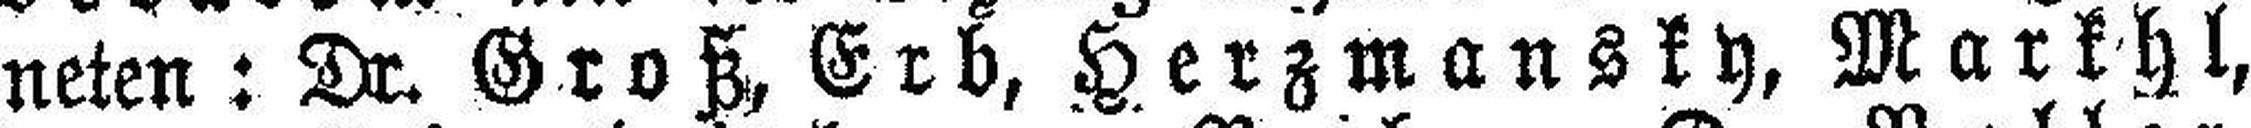
neten: Dr. Groß, Erb, Herzmansky, Markhl,